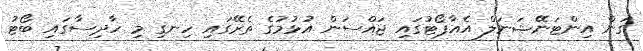
ގަން އިންޓަނޭޝަނަލް އެއާޕޯޓުގައި ޖައްސަން އުޅުމުގެ ތެރޭގައި ހިނގި މި ހާދިސާގައި ބޯޓު